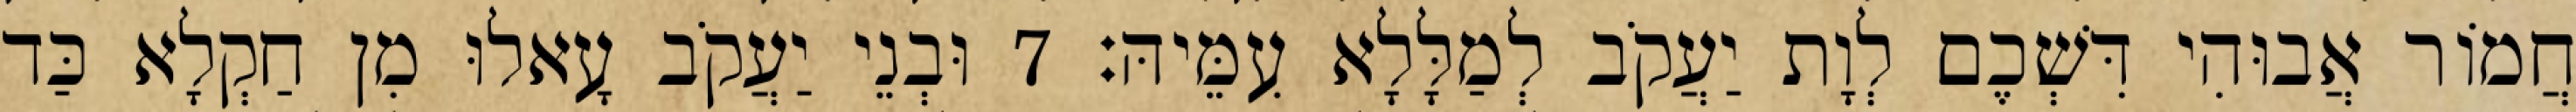
חֲמוֹר אֲבוּהִי דִּשְׁכֶם לְוָת יַעֲקֹב לְמַלָּלָא עִמֵּיהּ׃ 7 וּבְנֵי יַעֲקֹב עָאלוּ מִן חַקְלָא כַּד